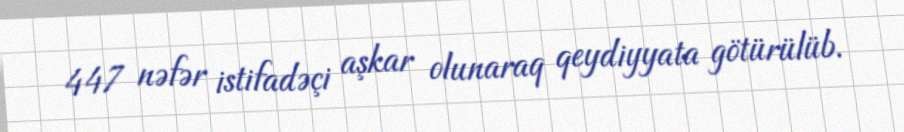
447 nəfər istifadəçi aşkar olunaraq qeydiyyata götürülüb.